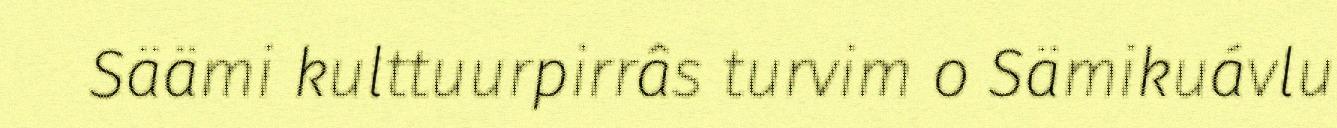
Säämi kulttuurpirrâs turvim o Sämikuávlu